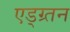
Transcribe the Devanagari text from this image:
एड्ग्र्तन